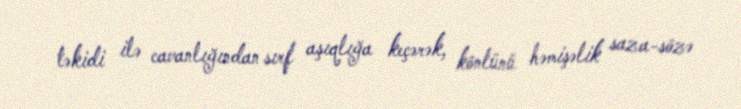
təkidi ilə cavanlığından sırf aşıqlığa keçərək, könlünü həmişəlik saza-sözə